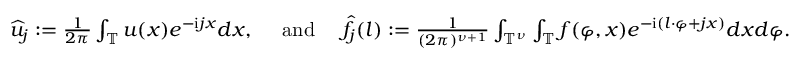
\begin{array} { r } { \widehat { u } _ { j } : = \frac { 1 } { 2 \pi } \int _ { \mathbb { T } } u ( x ) e ^ { - \mathrm { i } j x } d x , \quad \mathrm { ~ a n d ~ } \quad \widehat { f } _ { j } ( l ) : = \frac { 1 } { ( 2 \pi ) ^ { \nu + 1 } } \int _ { \mathbb { T } ^ { \nu } } \int _ { \mathbb { T } } f ( \varphi , x ) e ^ { - \mathrm { i } ( l \cdot \varphi + j x ) } d x d \varphi . } \end{array}